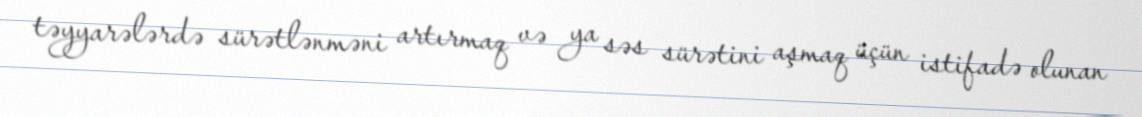
təyyarələrdə sürətlənməni artırmaq və ya səs sürətini aşmaq üçün istifadə olunan